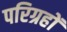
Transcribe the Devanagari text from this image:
परिग्रहों